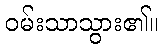
ဝမ်းသာသွား၏။